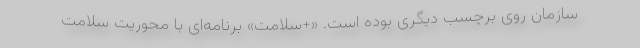
سازمان روی برچسب دیگری بوده است. «+سلامت» برنامه‌ای با محوریت سلامت